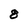
Character: g